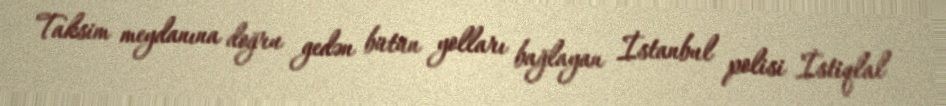
Taksim meydanına doğru gedən bütün yolları bağlayan İstanbul polisi İstiqlal